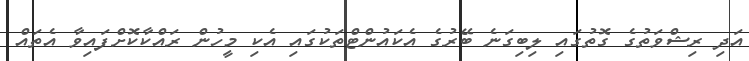
އަދި ރިޝްވަތުގެ ގޮތުގައި ލިބިގަނެ ބޭރުގެ އެކައުންޓްތަކުގައި އެކި މީހުން ރައްކާކޮށްފައިވާ އެތައް